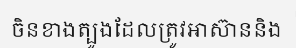
ចិនខាងត្បូងដែលត្រូវអាស៊ាននិង